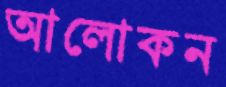
আলোকন